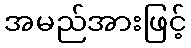
အမည်အားဖြင့်